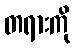
တရားကို